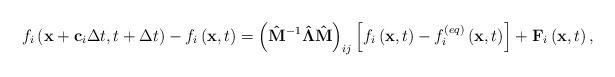
\begin{align*}{f_i}\left( {{\bf{x}} + {{\bf{c}}_i}\Delta t,t + \Delta t} \right) - {f_i}\left( {{\bf{x}},t} \right) = {\left( {{{{\bf{\hat M}}}^{ - 1}}{\bf{\hat \Lambda \hat M}}} \right)_{ij}}\left[ {{f_i}\left( {{\bf{x}},t} \right) - f_i^{\left( {eq} \right)}\left( {{\bf{x}},t} \right)} \right] + {{\bf{F}}_i}\left( {{\bf{x}},t} \right),\end{align*}